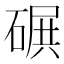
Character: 𥔤